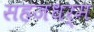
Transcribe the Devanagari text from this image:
सहजधर्म